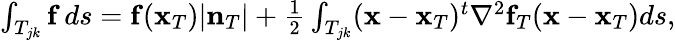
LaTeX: \begin{array}{r}{\int_{T_{jk}}{\mathbf f}\, ds={\mathbf f}({\mathbf x}_{T})|{\mathbf n}_{T}|+\frac{1}{2}\int_{T_{jk}}({\mathbf x}-{\mathbf x}_{T})^{t}\nabla^{2}{\mathbf f}_{T}({\mathbf x}-{\mathbf x}_{T})ds,}\end{array}